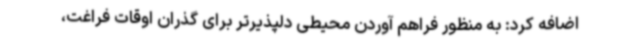
اضافه کرد: به منظور فراهم آوردن محیطی دلپذیرتر برای گذران اوقات فراغت،